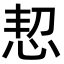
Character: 恝